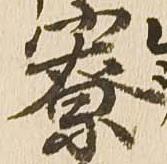
寮